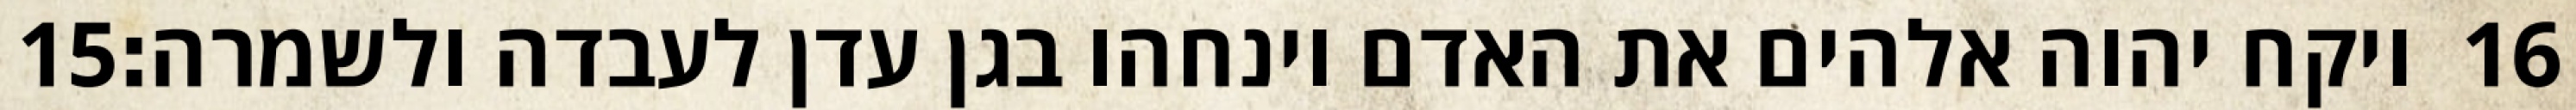
‎15‏ ויקח יהוה אלהים את האדם וינחהו בגן עדן לעבדה ולשמרה׃ ‎16‏